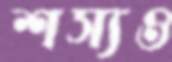
শস্যও